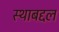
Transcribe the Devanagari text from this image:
स्थाबद्दल